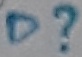
Text: D?